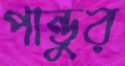
পান্ডুর